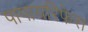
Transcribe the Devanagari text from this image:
पापायरिफेरा